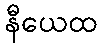
နီယေထ